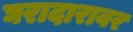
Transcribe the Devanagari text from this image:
घरादारावर